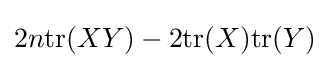
2n{\text{tr}}(XY)-2{\text{tr}}(X){\text{tr}}(Y)